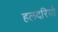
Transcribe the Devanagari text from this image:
हलदरियो